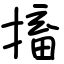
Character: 搐